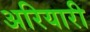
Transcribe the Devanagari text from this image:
अरियारी